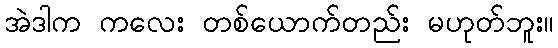
အဲဒါက ကလေး တစ်ယောက်တည်း မဟုတ်ဘူး။